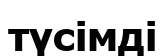
түсімді